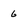
Character: 6